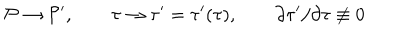
{ \cal P } \rightarrow { \cal P } ^ { \prime } , \qquad \tau \rightarrow \tau ^ { \prime } = \tau ^ { \prime } ( \tau ) , \qquad \partial \tau ^ { \prime } / \partial \tau \not \equiv 0